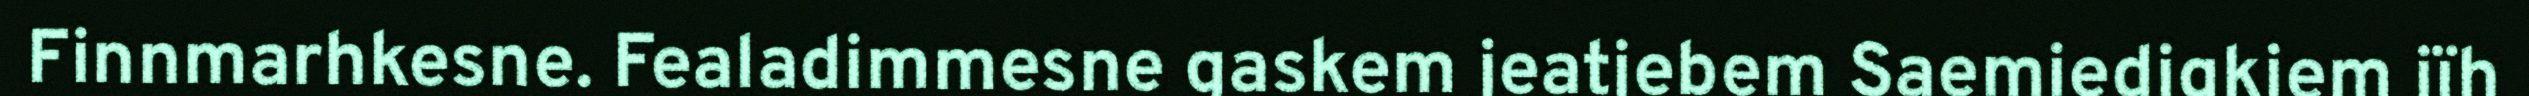
Finnmarhkesne. Fealadimmesne gaskem jeatjebem Saemiedigkiem jïh